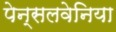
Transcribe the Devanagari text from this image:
पेन्सलवेनिया